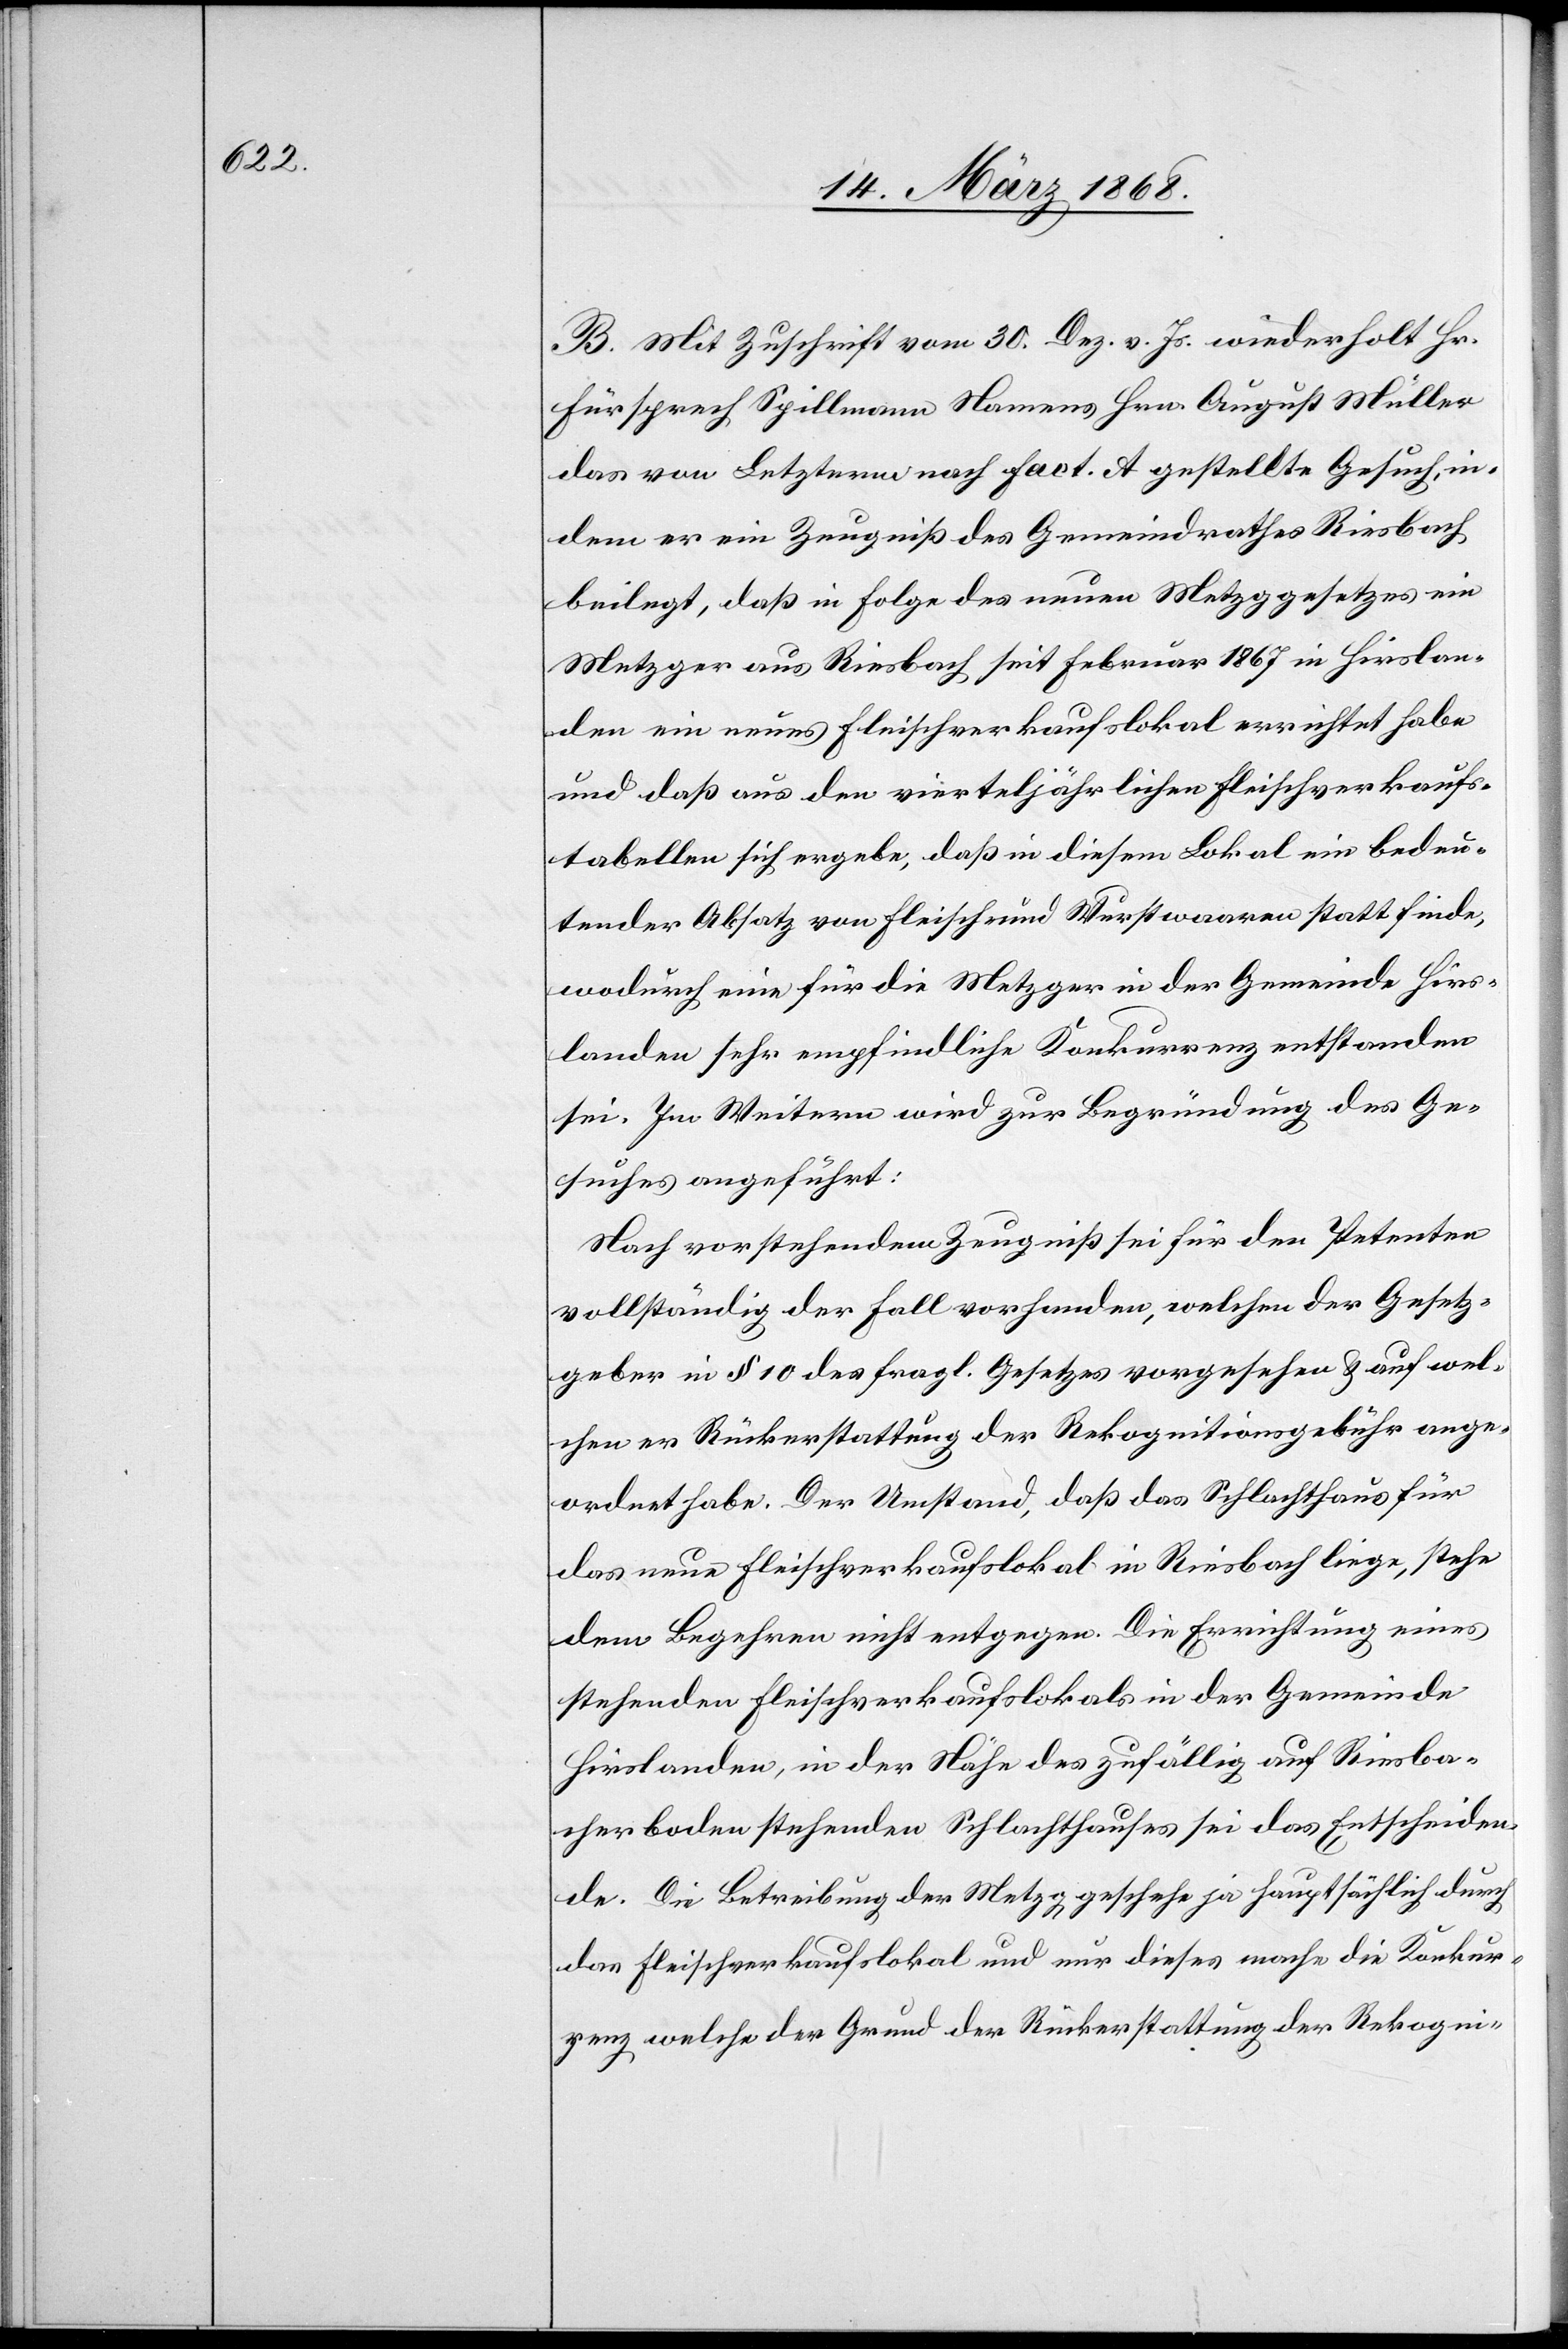
B. Mit Zuschrift vom 30. Dez. v. Js. wiederholt Hr.
Fürsprech Spillmann Namens Hrn. August Müller
das von Letzterm nach Fact. A gestellte Gesuch, in¬
dem er ein Zeugniß des Gemeindrathes Riesbach
beilegt, daß in Folge des neuen Metzggesetzes ein
Metzger aus Riesbach seit Februar 1867 in Hirslan¬
den ein neues Fleischverkaufslokal errichtet habe
und daß aus den vierteljährlichen Fleischverkaufs¬
tabellen sich ergebe, daß in diesem Lokal ein bedeu¬
tender Absatz von Fleisch und Wurstwaaren statt finde,
wodurch eine für die Metzger in der Gemeinde Hirs¬
landen sehr empfindliche Konkurrenz entstanden
sei. Im Weitern wird zur Begründung des Ge¬
suches angeführt:
Nach vorstehendem Zeugniß sei für den Petenten
vollständig der Fall vorhanden, welchen der Gesetz¬
geber in § 10 des fragl. Gesetzes vorgesehen & auf wel¬
chen er Rückerstattung der Rekognitionsgebühr ange¬
ordnet habe. Der Umstand, daß das Schlachthaus für
das neue Fleischverkaufslokal in Riesbach liege, stehe
dem Begehren nicht entgegen. Die Errichtung eines
stehenden Fleischverkaufslokals in der Gemeinde
Hirslanden, in der Nähe des zufällig auf Riesba¬
cherboden stehenden Schlachthauses sei das Entscheiden¬
de. Die Betreibung der Metzg geschehe ja hauptsächlich durch
das Fleischverkaufslokal und nur dieses mache die Konkur¬
renz welche der Grund der Rückerstattung der Rekogni-